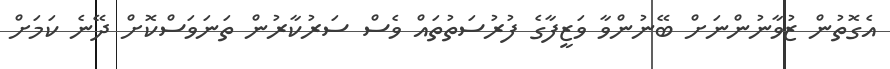
އެގޮތުން ޒުވާނުންނަށް ބޭނުންވާ ވަޒީފާގެ ފުރުސަތުތައް ވެސް ސަރުކާރުން ތަނަވަސްކޮށް ދޭނެ ކަމަށް